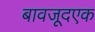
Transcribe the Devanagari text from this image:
बावजूदएक